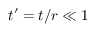
t ^ { \prime } = t / r \ll 1